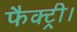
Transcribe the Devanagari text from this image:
फैक्ट्री।